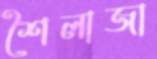
শৈলাজা